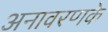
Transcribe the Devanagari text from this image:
अनावरणके